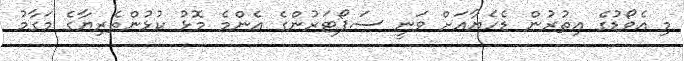
މި އެވޯޑުގެ އިތުރުން ޑެހެޔާއަށް ވަނީ ސަޕޯޓަރުންގެ އެންމެ މޮޅު ކުޅުންތެރިޔާގެ މަގާމު